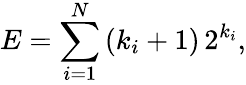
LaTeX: E=\sum_{i=1}^{N}\, (k_{i}+1)\, 2^{k_{i}},